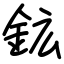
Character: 鉱